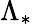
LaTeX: \Lambda_{\ast}